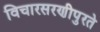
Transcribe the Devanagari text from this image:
विचारसरणीपुरते